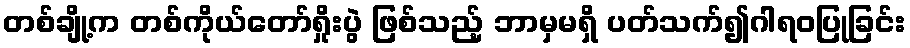
တစ်ချို့က တစ်ကိုယ်တော်ရှိုးပွဲ ဖြစ်သည့် ဘာမှမရှိ ပတ်သက်၍ဂါရဝပြုခြင်း